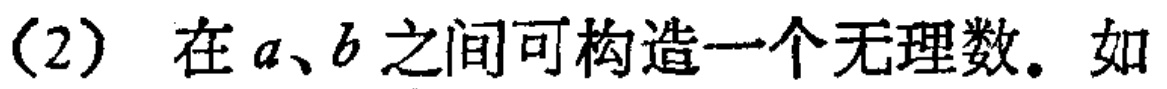
(2) 在 \(a、b\) 之间可构造一个无理数。如